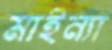
মাইন্যা